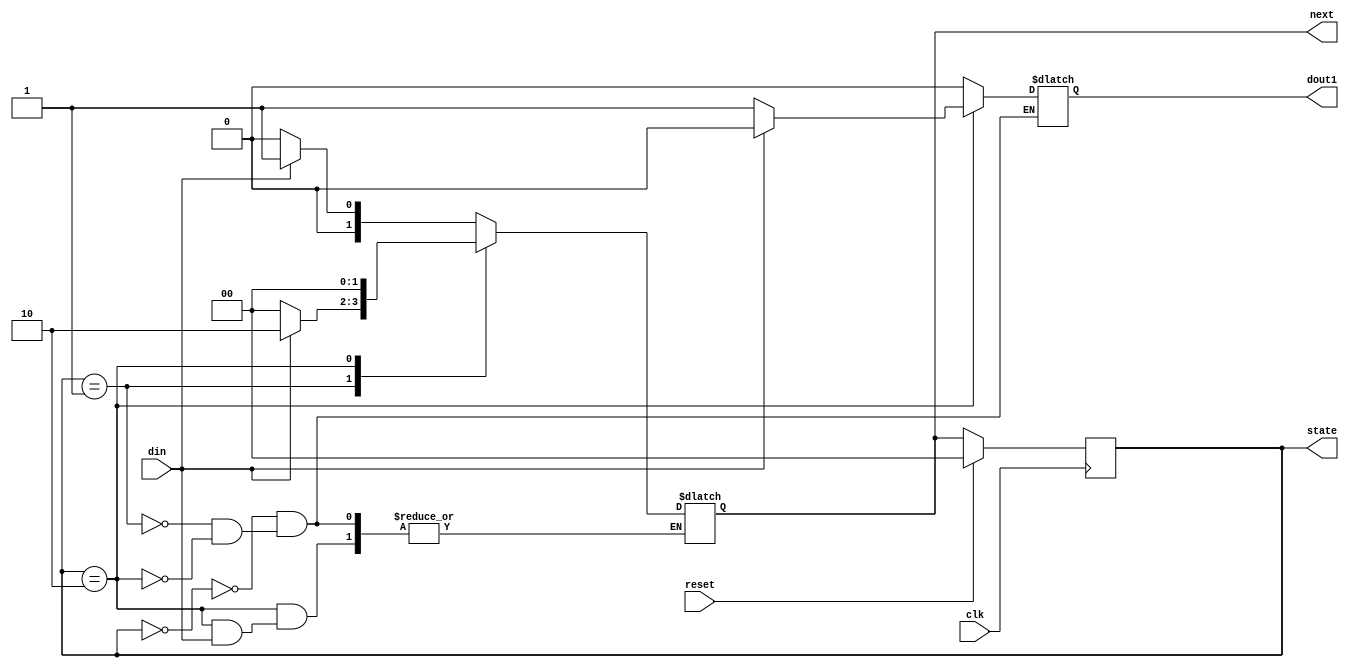
module mealy_110(clk,reset,din,dout1,state,next);
  input clk,reset,din;
  output reg dout1;
  output reg[1:0] state,next;

  parameter  [1:0] s0=2'b00,
  s1=2'b01,
  s2=2'b10;
 

  always @(posedge clk) begin
    if(reset==1) begin
      state <= s0;
    end
    else 
       state <= next;
  end
  always @(state or din)
    begin
      case(state)
        s0: begin
          if(din)
            begin
            next = s1;
            dout1 =1'b0;
            end
          else
             next = s0;
            dout1 =1'b0;
        end
        s1: begin
          if(din)
            begin
            next = s2;
            dout1 =1'b0;
            end
          else 
            begin
            next = s0;
            dout1 =1'b0;
            end
        end
        s2: begin
          if(~din)
            begin
             next = s0;
            dout1 =1'b1;
            end
          else 
            dout1 =1'b0;
        end
      endcase
    
  end
endmodule